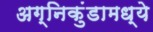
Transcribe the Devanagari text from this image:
अग्निकुंडामध्ये